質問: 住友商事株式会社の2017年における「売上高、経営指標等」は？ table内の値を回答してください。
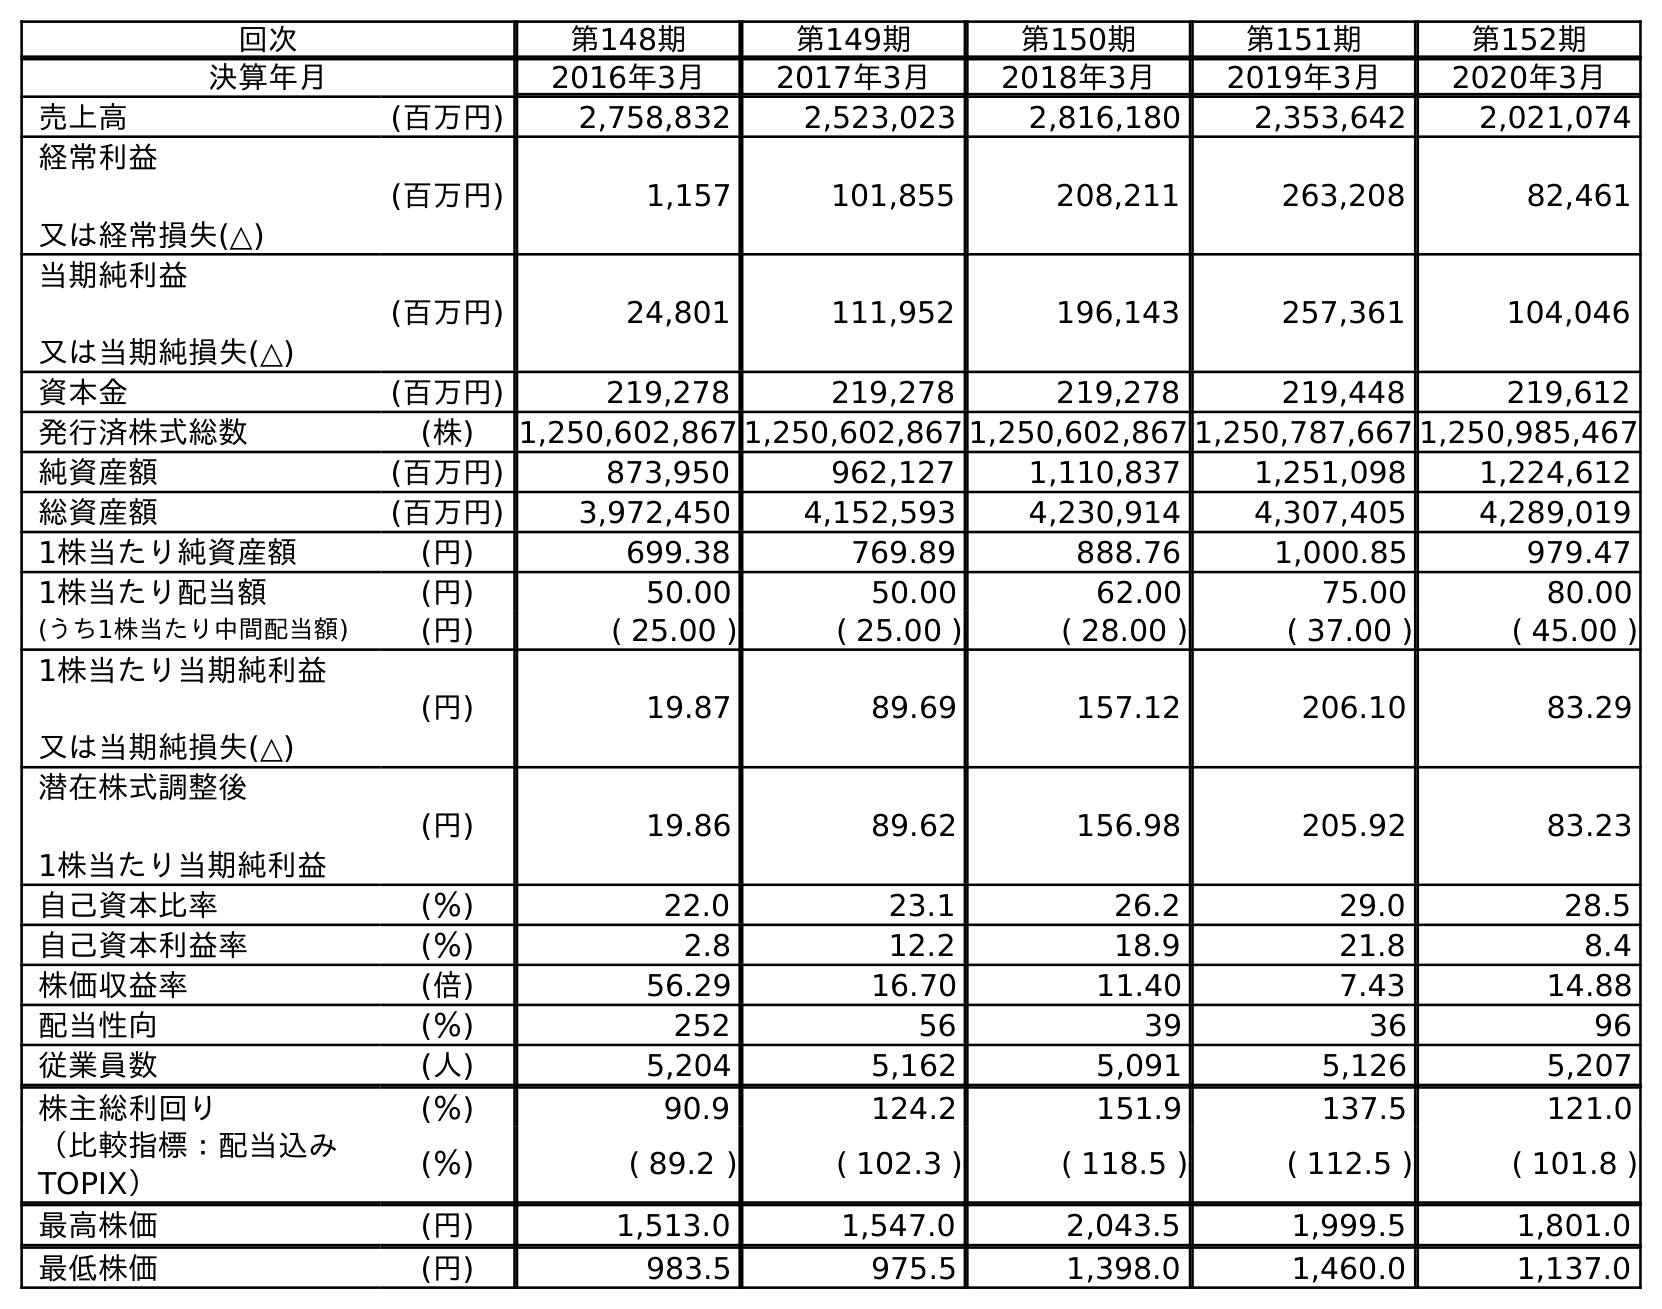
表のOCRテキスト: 回次 第148期 第149期 第150期 第151期 第152期 決算年月 2016年3月 2017年3月 2018年3月 2019年3月 2020年3月 売上高 (百万円) 2,758,832 2,523,023 2,816,180 2,353,642 2,021,074 経常利益 又は経常損失(△) (百万円) 1,157 101,855 208,211 263,208 82,461 当期純利益 又は当期純損失(△) (百万円) 24,801 111,952 196,143 257,361 104,046 資本金 (百万円) 219,278 219,278 219,278 219,448 219,612 発行済株式総数 (株) 1,250,602,867 1,250,602,867 1,250,602,867 1,250,787,667 1,250,985,467 純資産額 (百万円) 873,950 962,127 1,110,837 1,251,098 1,224,612 総資産額 (百万円) 3,972,450 4,152,593 4,230,914 4,307,405 4,289,019 1株当たり純資産額 (円) 699.38 769.89 888.76 1,000.85 979.47 1株当たり配当額 (円) 50.00 50.00 62.00 75.00 80.00 (うち1株当たり中間配当額) (円) ( 25.00 ) ( 25.00 ) ( 28.00 ) ( 37.00 ) ( 45.00 ) 1株当たり当期純利益 又は当期純損失(△) (円) 19.87 89.69 157.12 206.10 83.29 潜在株式調整後 1株当たり当期純利益 (円) 19.86 89.62 156.98 205.92 83.23 自己資本比率 (％) 22.0 23.1 26.2 29.0 28.5 自己資本利益率 (％) 2.8 12.2 18.9 21.8 8.4 株価収益率 (倍) 56.29 16.70 11.40 7.43 14.88 配当性向 (％) 252 56 39 36 96 従業員数 (人) 5,204 5,162 5,091 5,126 5,207 株主総利回り (％) 90.9 124.2 151.9 137.5 121.0 （比較指標：配当込み TOPIX） (％) ( 89.2 ) ( 102.3 ) ( 118.5 ) ( 112.5 ) ( 101.8 ) 最高株価 (円) 1,513.0 1,547.0 2,043.5 1,999.5 1,801.0 最低株価 (円) 983.5 975.5 1,398.0 1,460.0 1,137.0
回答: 2,523,023